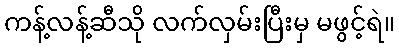
ကန့်လန့်ဆီသို လက်လှမ်းပြီးမှ မဖွင့်ရဲ။